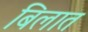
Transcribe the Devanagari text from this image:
बिलात